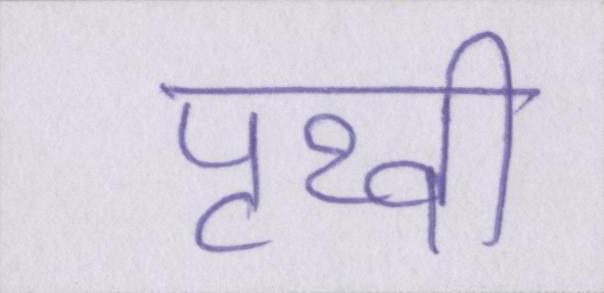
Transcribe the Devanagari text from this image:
पृथ्वी